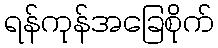
ရန်ကုန်အခြေစိုက်